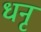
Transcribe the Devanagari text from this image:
धनृ